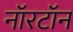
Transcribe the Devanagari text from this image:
नॉरटॉन